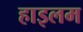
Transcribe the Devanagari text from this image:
हाइलम